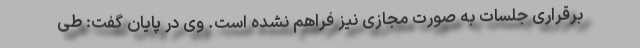
برقراری جلسات به صورت مجازی نیز فراهم نشده است. وی در پایان گفت: طی